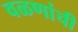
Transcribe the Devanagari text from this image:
वळणांची